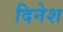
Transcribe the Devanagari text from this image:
दिनेश